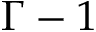
\Gamma - 1